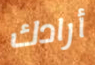
أرادك